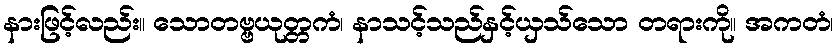
နားဖြင့်လည်း။ သောတဗ္ဗယုတ္တကံ၊ နာသင့်သည်နှင့်ယှသ်သော တရားကို။ အကတံ၊